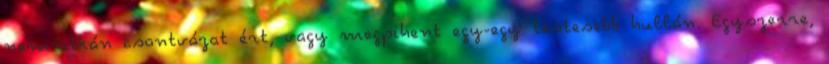
nemritkán csontvázat ért, vagy megpihent egy-egy testesebb hullán. Egyszerre,